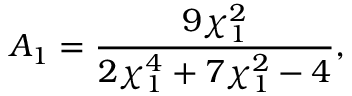
A _ { 1 } = \frac { 9 \chi _ { 1 } ^ { 2 } } { 2 \chi _ { 1 } ^ { 4 } + 7 \chi _ { 1 } ^ { 2 } - 4 } ,